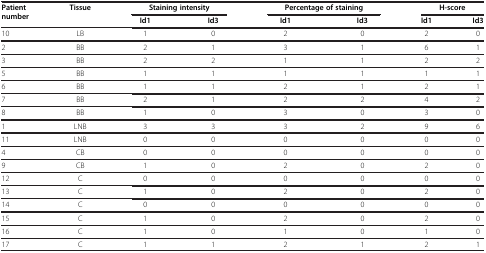
<table><thead><tr><td rowspan="2"><b>Patient number</b></td><td rowspan="2"><b>Tissue</b></td><td colspan="2"><b>Staining intensity</b></td><td colspan="2"><b>Percentage of staining</b></td><td colspan="2"><b>H-score</b></td></tr><tr><td><b>Id1</b></td><td><b>Id3</b></td><td><b>Id1</b></td><td><b>Id3</b></td><td><b>Id1</b></td><td><b>Id3</b></td></tr></thead><tbody><tr><td>10</td><td>LB</td><td>1</td><td>0</td><td>2</td><td>0</td><td>2</td><td>0</td></tr><tr><td>2</td><td>BB</td><td>2</td><td>1</td><td>3</td><td>1</td><td>6</td><td>1</td></tr><tr><td>3</td><td>BB</td><td>2</td><td>2</td><td>1</td><td>1</td><td>2</td><td>2</td></tr><tr><td>5</td><td>BB</td><td>1</td><td>1</td><td>1</td><td>1</td><td>1</td><td>1</td></tr><tr><td>6</td><td>BB</td><td>1</td><td>1</td><td>2</td><td>1</td><td>2</td><td>1</td></tr><tr><td>7</td><td>BB</td><td>2</td><td>1</td><td>2</td><td>2</td><td>4</td><td>2</td></tr><tr><td>8</td><td>BB</td><td>1</td><td>0</td><td>3</td><td>0</td><td>3</td><td>0</td></tr><tr><td>1</td><td>LNB</td><td>3</td><td>3</td><td>3</td><td>2</td><td>9</td><td>6</td></tr><tr><td>11</td><td>LNB</td><td>0</td><td>0</td><td>0</td><td>0</td><td>0</td><td>0</td></tr><tr><td>4</td><td>CB</td><td>0</td><td>0</td><td>0</td><td>0</td><td>0</td><td>0</td></tr><tr><td>9</td><td>CB</td><td>1</td><td>0</td><td>2</td><td>0</td><td>2</td><td>0</td></tr><tr><td>12</td><td>C</td><td>0</td><td>0</td><td>0</td><td>0</td><td>0</td><td>0</td></tr><tr><td>13</td><td>C</td><td>1</td><td>0</td><td>2</td><td>0</td><td>2</td><td>0</td></tr><tr><td>14</td><td>C</td><td>0</td><td>0</td><td>0</td><td>0</td><td>0</td><td>0</td></tr><tr><td>15</td><td>C</td><td>1</td><td>0</td><td>2</td><td>0</td><td>2</td><td>0</td></tr><tr><td>16</td><td>C</td><td>1</td><td>0</td><td>1</td><td>0</td><td>1</td><td>0</td></tr><tr><td>17</td><td>C</td><td>1</td><td>1</td><td>2</td><td>1</td><td>2</td><td>1</td></tr></tbody></table>